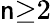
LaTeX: \mathsf{n}{\geq}2